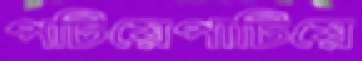
পটিয়েপাটিয়ে